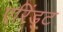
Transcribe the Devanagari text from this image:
एरिंड्ट